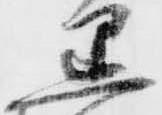
黒